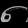
Digit: ၈